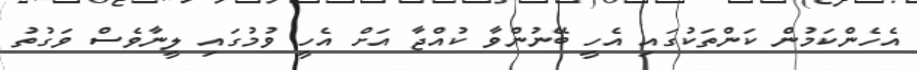
އެހެންކަމުން ކަންތަކުގައި އެހީ ބޭނުންވާ ކުއްޖާ އަށް އެހީ ވުމުގައި ލީނާވެސް ވަގުތު